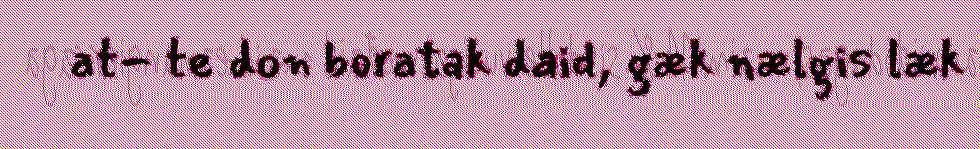
at- te don boratak daid, gæk nælgis læk